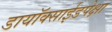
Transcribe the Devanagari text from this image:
डायॉक्साईडपेक्षा